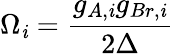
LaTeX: \Omega_{\mathit{i}}=\frac{{g_{A,\mathit{i}}g_{Br,\mathit{i}}}}{{2\Delta}}